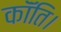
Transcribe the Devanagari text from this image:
कॉंति।